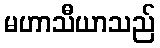
မဟာသီယာသည်